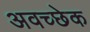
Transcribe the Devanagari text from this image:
अवच्छेक